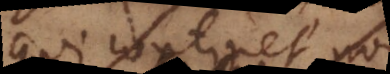
qui continet non-a